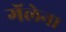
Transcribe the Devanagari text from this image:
गॅलेना